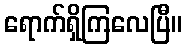
ရောက်ရှိကြလေပြီ။